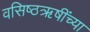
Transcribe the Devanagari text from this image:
वसिष्ठऋषींच्या